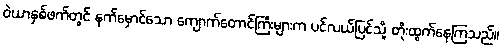
ဝဲယာနှစ်ဖက်တွင် နက်မှောင်သော ကျောက်တောင်ကြီးများက ပင်လယ်ပြင်သို့ တိုးထွက်နေကြသည်။